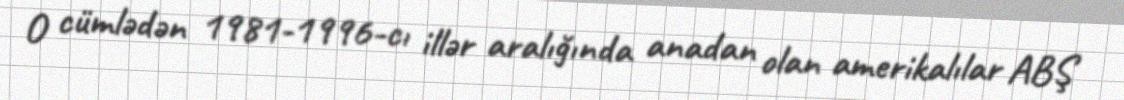
O cümlədən 1981-1996-cı illər aralığında anadan olan amerikalılar ABŞ